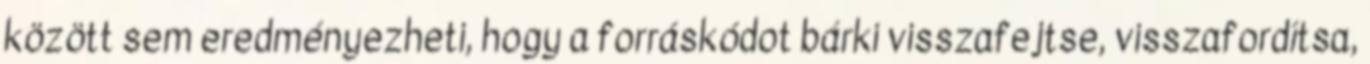
között sem eredményezheti, hogy a forráskódot bárki visszafejtse, visszafordítsa,